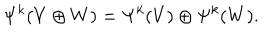
LaTeX: \Psi ^ { k } ( V \oplus W ) = \Psi ^ { k } ( V ) \oplus \Psi ^ { k } ( W ) .